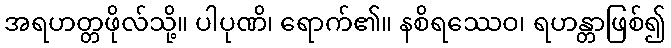
အရဟတ္တဖိုလ်သို့။ ပါပုဏိ၊ ရောက်၏။ နစိရဿေဝ၊ ရဟန္တာဖြစ်၍